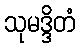
သုမဒ္ဒိတံ